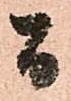
間